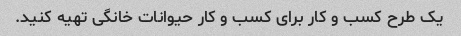
یک طرح کسب و کار برای کسب و کار حیوانات خانگی تهیه کنید.